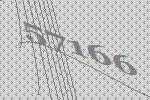
57166